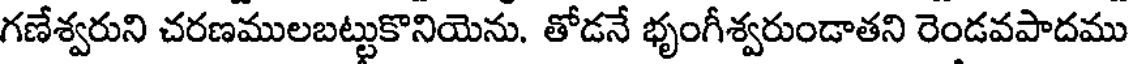
గణేశ్వరుని చరణములబట్టుకొనియెను. తోడనే భృంగీశ్వరుండాతని రెండవపాదము